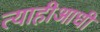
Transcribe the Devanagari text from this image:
त्याहीआधी